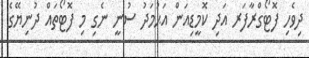
ދިވެހި ފޮޓޯގްރާފަރ އަދި ކޮމީޑިއަން އަޙުމަދު ސުނީ ނެގި މި ފޮޓޯތައް ދުނިޔޭގެ